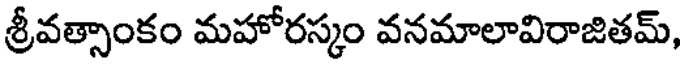
శ్రీవత్సాంకం మహోరస్కం వనమాలావిరాజితమ్,